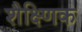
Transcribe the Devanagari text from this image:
शैक्ष्णिक